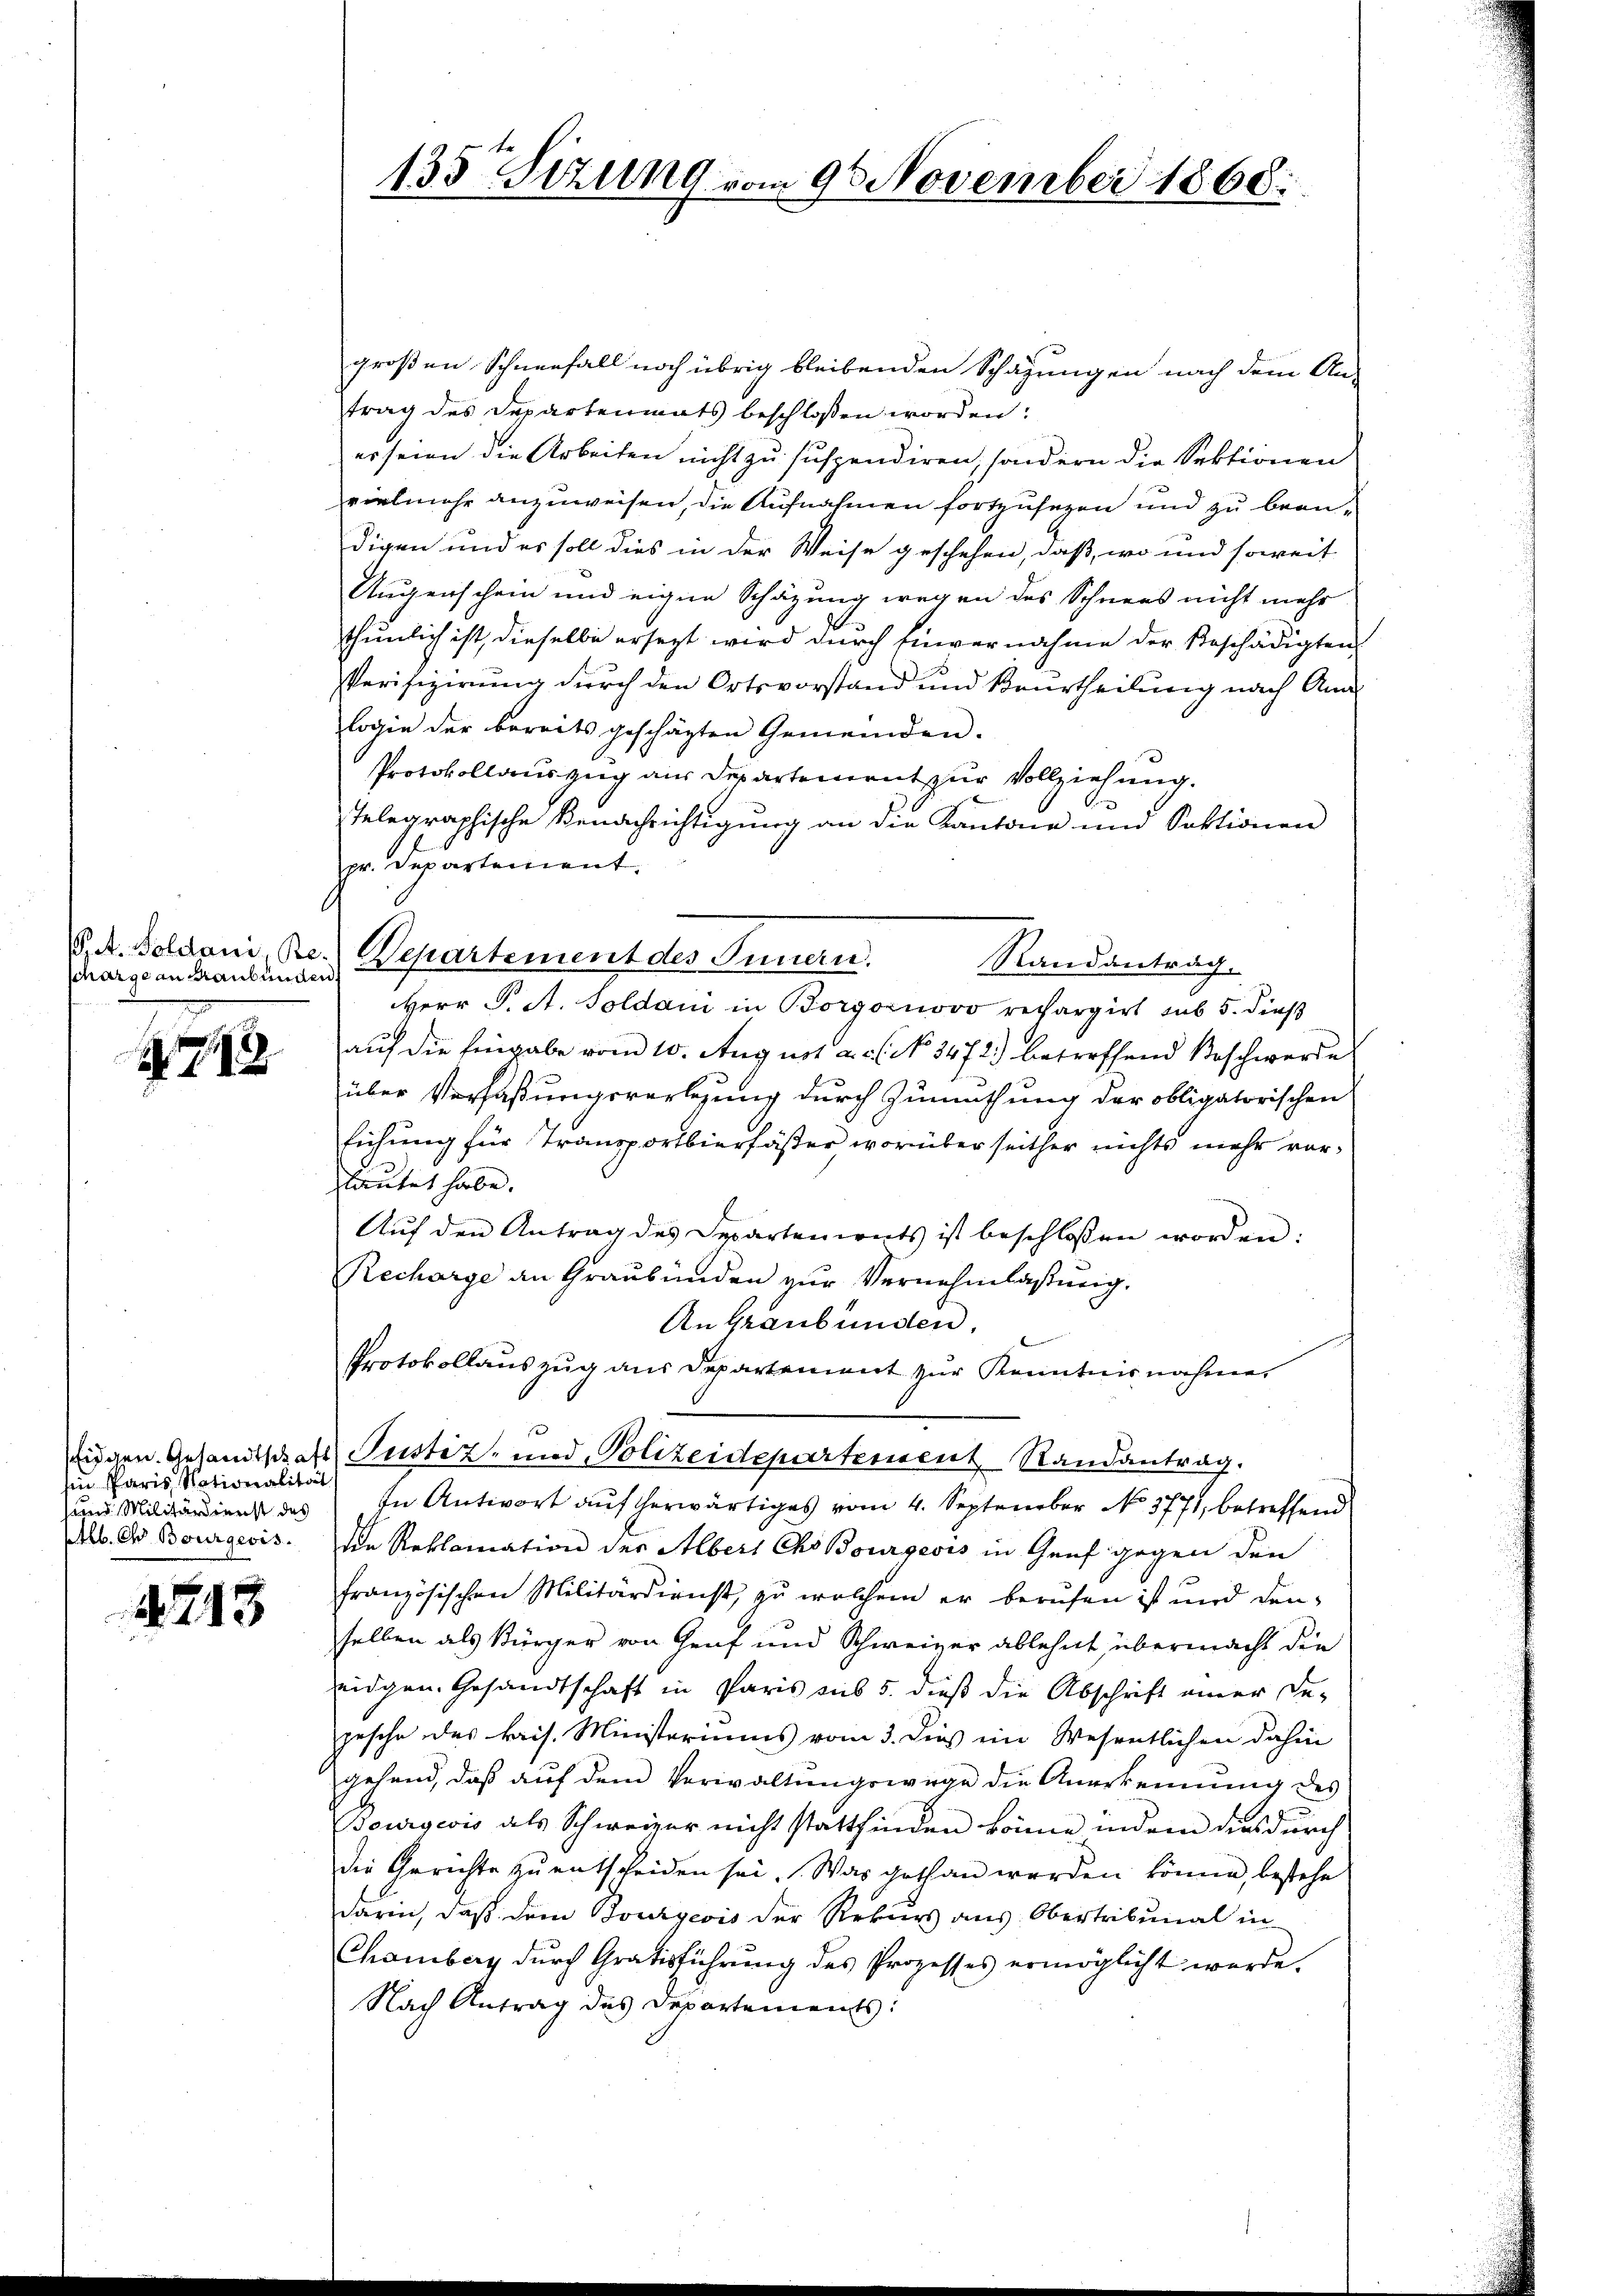
Pet. Soldani, Bescharge an Graubünden.

4743

in Paris Nationalität
ptlb. Oh Bourgeois.

1213

135 Sizung vom 9. November 1868.

großen Schneefall noch übrig bleibenden Schägungen nach dem An-
trag des Departenmats beschlossen worden:
er seien die Arbeiten nicht zu suspendiren, sondern die Sektionen
vielmehr anzuweisen, die Aufnahmen fortzusetzen und zu beandigen und es soll dies in der Weise geschehen, daß, wo und soweit
Augenschein und eigen Schazung wegen des Schnees nicht mehr
thunlich ist, dieselbe ersezt wird durch Einvernahme der Beschädigten,
Verifizierung durch den Ortsvorstand und Beurtheilung nach Analogie der bereits geschäften Gemeinden.
Protokollauszug aus Departement zur Vollziehung.
Telegraphische Benachrichtigung an die Kantone und Sektionen
pr. Departement.
Departement des Innern.
Herr P. A. Soldani in Borgonovo rechargirt sub 5. dieß
auf die Eingabe vom 10. August a. c. No 3472.) betreffend Beschwerde
über Verfaßungsartigung durch Zumuthung der obligatorischen
lichung für Transportierfäster, worüber seither nichts mehr vorlautet habe.
Auf den Antrag des Departenirats ist beschlossen worden:
Recharge an Graubünden zur Vernehmlassung.
An Graubünden,
Protokollauszug aus Departement zur Kenntnisnahme
Eidgen. Gesandtschaft Justiz- und Polizeidepartensent Randantrag.
um Militärdient des In Antwort aŭf herwärtiges vom 4. September No. 3771, betreffend
die Reklamation der Albert Cho Bourgeois in Genf gegen den
französischen Militärdienst, zu welchem er berufen ist und den
selben als Bürger von Genf und Schweizer ablehnt, übermacht die
eidgen. Gesandtschaft in Paris aus 5. dieß die Abschrift einer De-
pesche des kais. Ministeriums vom 3. dieß ein Wesentlichen dahin
gehend, daß auf dem Verwaltungswege die Anerkennung des
Bourgeois als Schweizer nicht stattfinden könne indem dies durch
die Gerichte zu entscheiden sei. Was gothan werden könne, bestehe
darin, daß dem Bourgeois der Rekurs aus Obertribunal in
Chamberg durch Gratisführung des Prozesses ermöglicht würde.
Nach Antrag des Departements:

Randantrag.